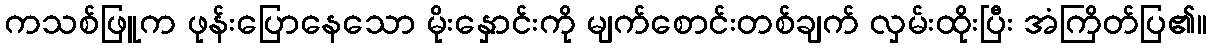
ကသစ်ဖြူက ဖုန်းပြောနေသော မိုးနှောင်းကို မျက်စောင်းတစ်ချက် လှမ်းထိုးပြီး အံကြိတ်ပြ၏။